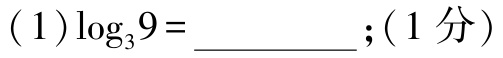
$(1)\log_{3}9=\underline{\qquad\qquad};(1\text{ 分})$